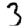
Digit: 3